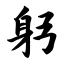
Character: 躬